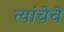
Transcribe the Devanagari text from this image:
त्यांचेचे